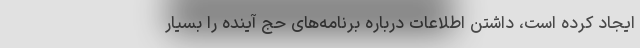
ایجاد کرده است، داشتن اطلاعات درباره برنامه‌های حج آینده را بسیار